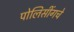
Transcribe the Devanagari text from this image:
पोलिसींगचे